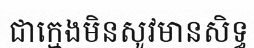
ជាក្មេងមិនសូវមានសិទ្ធ